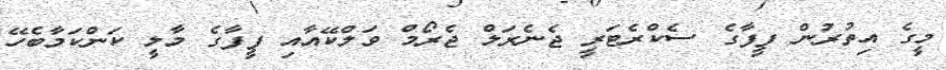
މީގެ އިތުރުން ފީފާގެ ސެކްރެޓަރީ ޖެނެރަލް ޖެރޯމް ވަލްކޭއާއި ފީފާގެ މާލީ ކަންކަމާބެހޭ